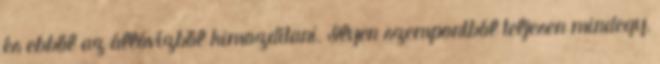
és ebből az állóvízből kimozdítani. Ilyen szempontból teljesen mindegy,